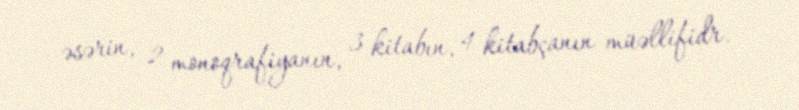
əsərin, 2 monoqrafiyanın, 3 kitabın, 4 kitabçanın müəllifidr.